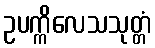
ဥပက္ကိလေသသုတ္တံ